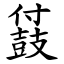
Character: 䵾